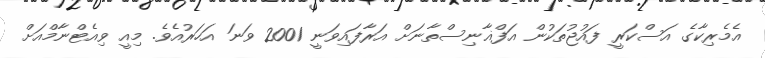
އެމެރިކާގެ އަސްކަރީ ފައުޖުތަކުން އަފްޣާނިސްތާނަށް އަރާފައިވަނީ 2001 ވަނަ އަހަރުއެވެ. މިއީ ވިއެޓްނާމްއަށް